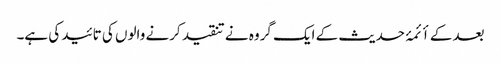
بعد کے أئمۂ حدیث کے ایک گروہ نے تنقید کرنے والوں کی تائید کی ہے۔